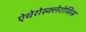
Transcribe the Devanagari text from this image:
ऐथेरोस्क्लेरोसिस